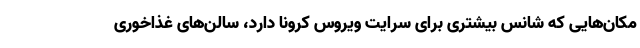
مکان‌هایی که شانس بیشتری برای سرایت ویروس کرونا دارد، سالن‌های غذاخوری